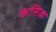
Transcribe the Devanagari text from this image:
केसिक